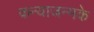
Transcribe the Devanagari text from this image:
कन्याजन्मके